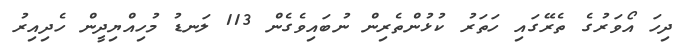
ދިހަ އޯވަރުގެ ތެރޭގައި ހަތަރު ކުޅުންތެރިން ނުބައިވެގެން 113 ލަނޑު މުހިއްޔިދީން ހެދިއިރު